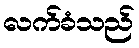
လက်ခံသည်